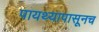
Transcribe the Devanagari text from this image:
पायथ्यापासूनच